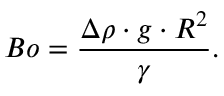
B o = \frac { \Delta \rho \cdot g \cdot R ^ { 2 } } { \gamma } .